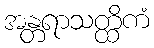
အန္တရာသတ္ထိကံ